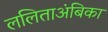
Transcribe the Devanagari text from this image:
ललिताअंबिका